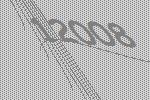
12008